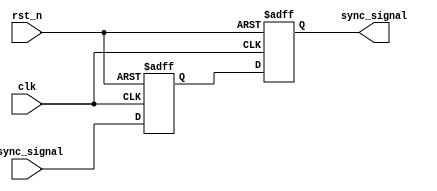
module two_ff_metastability_detector (
    input wire clk,              // Clock signal
    input wire async_signal,     // Asynchronous input signal
    input wire rst_n,            // Active low asynchronous reset signal (optional)
    output reg sync_signal       // Synchronized output signal
);

    // Internal signals for the flip-flops
    reg ff1_output;              // Output of the first flip-flop

    // First Flip-Flop (FF1)
    always @(posedge clk or negedge rst_n) begin
        if (!rst_n) begin
            ff1_output <= 1'b0;   // Reset ff1_output to 0
        end else begin
            ff1_output <= async_signal; // Capture the asynchronous signal
        end
    end

    // Second Flip-Flop (FF2)
    always @(posedge clk or negedge rst_n) begin
        if (!rst_n) begin
            sync_signal <= 1'b0;   // Reset sync_signal to 0
        end else begin
            sync_signal <= ff1_output; // Use output of FF1 as input to FF2
        end
    end

endmodule